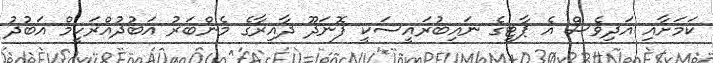
ކަމަށާއި އަދިވެސް އެ ޕާޓީގެ ނައިބުރައީސަކީ ފޮނަދޫ ދާއިރާގެ މެންބަރު އަބުދުއްރަހީމް އަބުދު